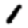
Digit: 1